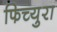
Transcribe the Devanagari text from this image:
फिच्युरा